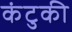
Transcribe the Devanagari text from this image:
कंटुकी